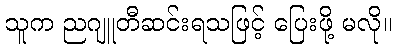
သူက ညဂျူတီဆင်းရသဖြင့် ပြေးဖို့ မလို။